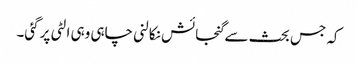
کہ جس بحث سےگنجائش نکالنی چاہی وہی الٹی پرگئی۔